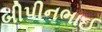
બીપીનભાઈ